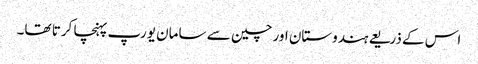
اس کے ذریعے ہندوستان اور چین سے سامان یورپ پہنچا کرتا تھا۔